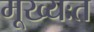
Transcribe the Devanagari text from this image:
मूख्यःत